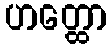
ဟတ္ထော